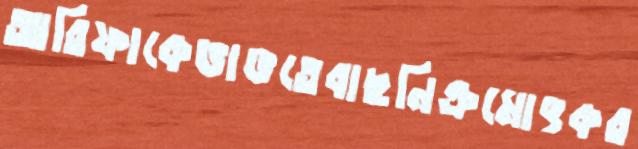
আরিফাকেভাঙতেবাছনিক্রমোৎকর